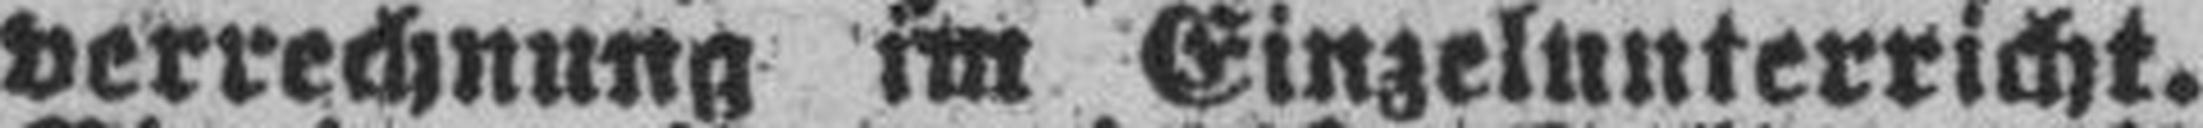
verrechnung im Einzelunterricht.